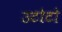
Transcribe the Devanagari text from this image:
उटोटो